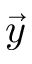
\vec { y }